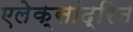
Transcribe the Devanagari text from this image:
एलेक्सांद्रिन